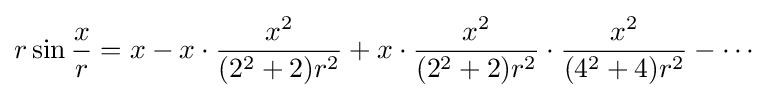
r\sin {\frac {x}{r}}=x-x\cdot {\frac {x^{2}}{(2^{2}+2)r^{2}}}+x\cdot {\frac {x^{2}}{(2^{2}+2)r^{2}}}\cdot {\frac {x^{2}}{(4^{2}+4)r^{2}}}-\cdots